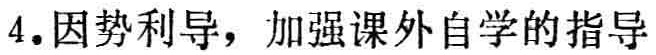
4. 因势利导，加强课外自学的指导